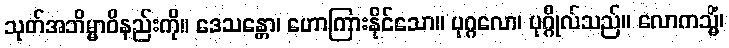
သုတ်အဘိမ္မာဝိနည်းကို။ ဒေသန္တော၊ ဟောကြားနိုင်သော။ ပုဂ္ဂလော၊ ပုဂ္ဂိုလ်သည်။ လောကသ္မိံ၊